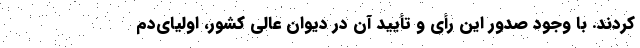
کردند. با وجود صدور این رأی و تأیید آن در دیوان عالی کشور، اولیای‌دم